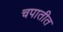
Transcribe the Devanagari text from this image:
चपातीत